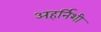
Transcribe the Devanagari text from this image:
अहर्निशी